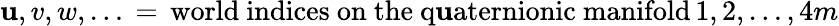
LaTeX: \mathbf{u},v,w,\dots\, =\, \mathrm{{world~indices~on~the~q\mathbf{u}aternionic~manifold}}\, 1,2,\dots,4m